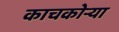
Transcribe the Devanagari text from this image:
काचकोऱ्या